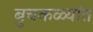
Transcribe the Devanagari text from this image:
बुचकळ्यांत